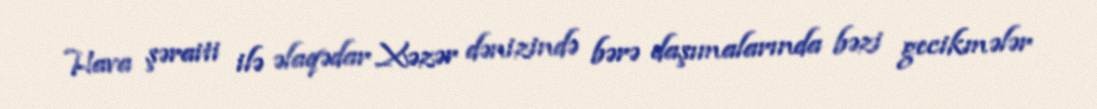
Hava şəraiti ilə əlaqədar Xəzər dənizində bərə daşımalarında bəzi gecikmələr